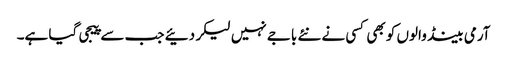
آرمی بینڈ والوں کو بھی کسی نے نئے باجے نہیں لیکر دئیے جب سے پیجی گیا ہے۔